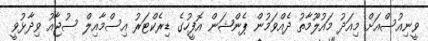
ވީނިއުސްއަށް މިއަދު މައުލޫމާތު ދެއްވަމުން ޕެންޝަން އޮފީހުގެ ޑިރެކްޓަރު އިސްމާއިލް ސުޖާއު ވިދާޅުވީ